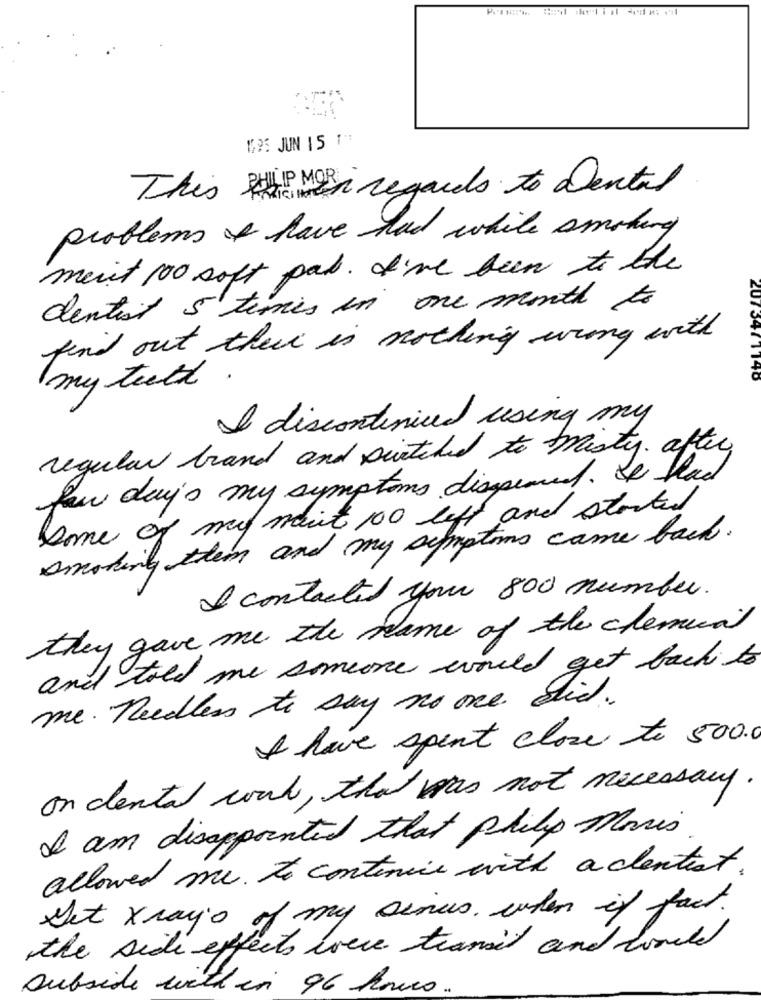
1225 JUN 15 1":
This PHP MB regards to Dental
problems & have had while smoking
meint 100 soft pab. I've been to the
dentist 5 times in one month to
find out their is nothing wrong with
my teeth .
2073471140
I discontinued using my
regular brand and pitched to Misty. after,
few day's my symptoms dispensed. It had
Some of my maint 100 left and started
smoking them and my symptoms came back.
I contacted your 800 number.
they gave me the name of the chemical
and told me someone would get back to
me. Needless to say no one sid.
I have spent close to 500.
on dental work, that was not necessary.
I am disappointed that philip Maris
allowed me. to continue with a dentist.
Set xrays of my senus. when if fact.
the side effects were transit and world
subside within 96 .